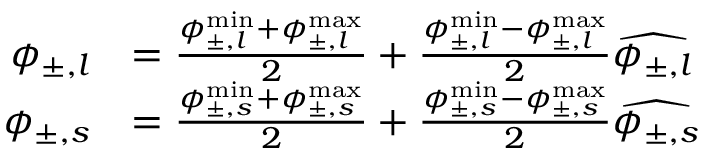
\begin{array} { r l } { \phi _ { \pm , l } } & { = \frac { \phi _ { \pm , l } ^ { \operatorname* { m i n } } + \phi _ { \pm , l } ^ { \operatorname* { m a x } } } { 2 } + \frac { \phi _ { \pm , l } ^ { \operatorname* { m i n } } - \phi _ { \pm , l } ^ { \operatorname* { m a x } } } { 2 } \widehat { { \phi _ { \pm , l } } } } \\ { \phi _ { \pm , s } } & { = \frac { \phi _ { \pm , s } ^ { \operatorname* { m i n } } + \phi _ { \pm , s } ^ { \operatorname* { m a x } } } { 2 } + \frac { \phi _ { \pm , s } ^ { \operatorname* { m i n } } - \phi _ { \pm , s } ^ { \operatorname* { m a x } } } { 2 } \widehat { { \phi _ { \pm , s } } } } \end{array}